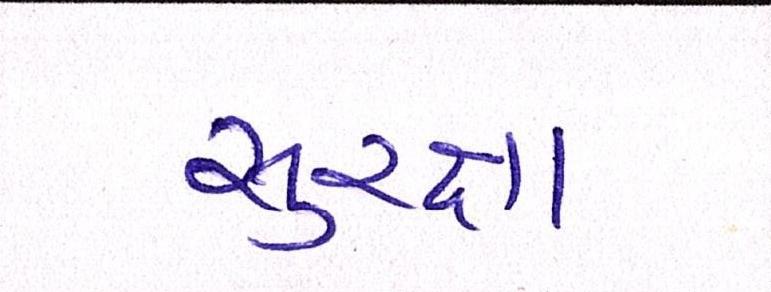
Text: સુરક્ષા